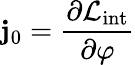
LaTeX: \mathbf{j}_{0}={\frac{{\partial{\mathcal{{L}}}_{\mathrm{{int}}}}}{{\partial\varphi}}}